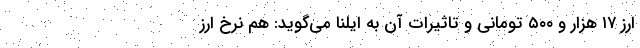
ارز ۱۷ هزار و ۵۰۰ تومانی و تاثیرات آن به ایلنا می‌گوید: هم نرخ ارز